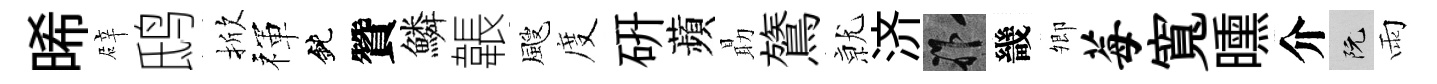
晞辟鸱掀禈鈍贊鱗韔颼度硏蘋朂鷟𭕒济祚畿𡖖莓寬曛介阮雨